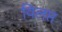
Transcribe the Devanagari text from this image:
विलप्त